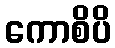
ကောစိပိ